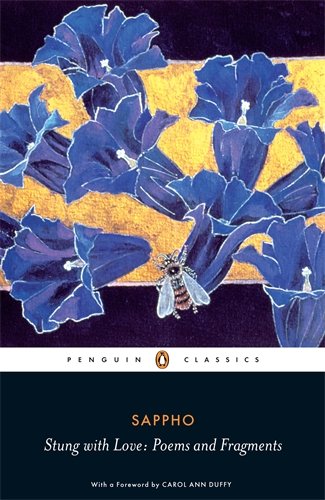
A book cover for Stung with Love: Poems and Fragments (Penguin Classics); Sappho; Literature & Fiction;